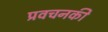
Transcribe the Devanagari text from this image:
प्रवचनकी